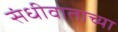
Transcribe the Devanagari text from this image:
संधीवाताच्या